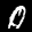
Label: 0